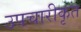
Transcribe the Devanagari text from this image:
उपचारीकृत